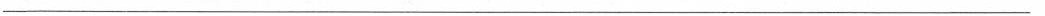
___